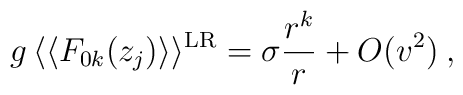
g \, \langle\langle F_{0k}(z_j) \rangle\rangle^{{\rm LR}} = \sigma\frac{r^k}{r}+ O(v^2) \> ,